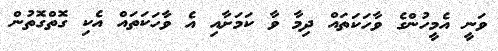
ވަނީ އެމީހުންގެ ވާހަކަތައް ދިމާ ވާ ކަމަށާއި އެ ވާހަކަތައް އެކި ގޮތްގޮތުން